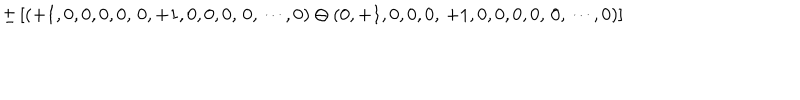
\pm \left[ ( + 1 , 0 , 0 , 0 , 0 , \, 0 , + 1 , 0 , 0 , 0 , \, 0 , \cdots , 0 ) \ominus ( 0 , + 1 , 0 , 0 , 0 , \, + 1 , 0 , 0 , 0 , 0 , \, 0 , \cdots , 0 ) \right]